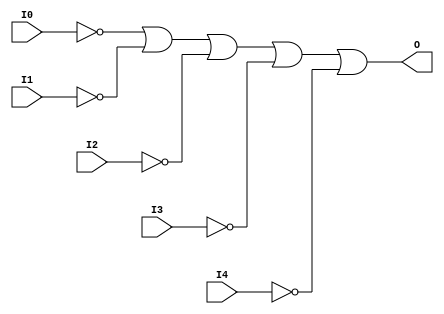
// $Header: /devl/xcs/repo/env/Databases/CAEInterfaces/verunilibs/data/unisims/OR5B5.v,v 1.6 2007/05/23 21:43:44 patrickp Exp $
///////////////////////////////////////////////////////////////////////////////
// Copyright (c) 1995/2004 Xilinx, Inc.
// All Right Reserved.
///////////////////////////////////////////////////////////////////////////////
//   ____  ____
//  /   /\/   /
// /___/  \  /    Vendor : Xilinx
// \   \   \/     Version : 10.1
//  \   \         Description : Xilinx Functional Simulation Library Component
//  /   /                  5-input OR Gate
// /___/   /\     Filename : OR5B5.v
// \   \  /  \    Timestamp : Thu Mar 25 16:43:32 PST 2004
//  \___\/\___\
//
// Revision:
//    03/23/04 - Initial version.
//    05/23/07 - Changed timescale to 1 ps / 1 ps.
//    05/23/07 - Added wire declaration for internal signals.

`timescale  1 ps / 1 ps


module OR5B5 (O, I0, I1, I2, I3, I4);

    output O;

    input  I0, I1, I2, I3, I4;

    wire i0_inv;
    wire i1_inv;
    wire i2_inv;
    wire i3_inv;
    wire i4_inv;

    not N4 (i4_inv, I4);
    not N3 (i3_inv, I3);
    not N2 (i2_inv, I2);
    not N1 (i1_inv, I1);
    not N0 (i0_inv, I0);
    or O1 (O, i0_inv, i1_inv, i2_inv, i3_inv, i4_inv);


endmodule